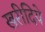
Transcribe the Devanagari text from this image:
खरीदिये